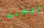
أعجبت